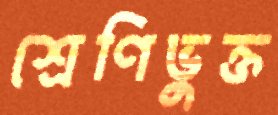
শ্রেণিভুক্ত